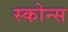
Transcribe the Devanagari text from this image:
स्कोन्स